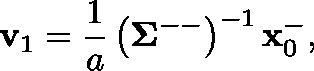
\mathbf { v } _ { 1 } = \frac { 1 } { a } \left( \mathbf { \Sigma } ^ { -- } \right) ^ { - 1 } \mathbf { x } _ { 0 } ^ { - } ,